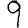
Digit: 9